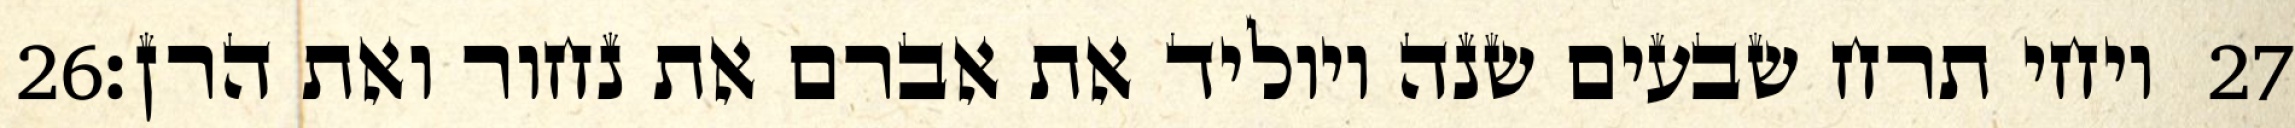
‎26‏ ויחי תרח שבעים שנה ויוליד את אברם את נחור ואת הרן׃ ‎27‏